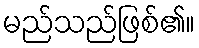
မည်သည်ဖြစ်၏။